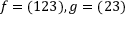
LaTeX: f = ( 1 2 3 ) , g = ( 2 3 )